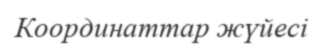
Координаттар жүйесі